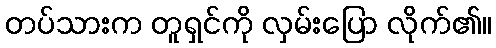
တပ်သားက တူရှင်ကို လှမ်းပြော လိုက်၏။